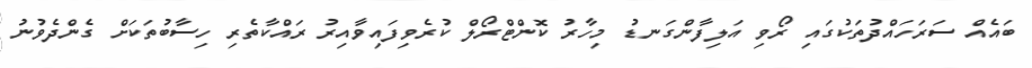
ބައެއް ސަރަހައްދުތަކުގައި ރޯވި އަލިފާންގަނޑު މިހާރު ކޮންޓްރޯލް ކުރެވިފައިވާއިރު ރައްކާތެރި ހިސާބުތަކަށް ގެންދެވުނު